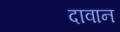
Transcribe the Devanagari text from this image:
दावान